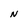
Character: N